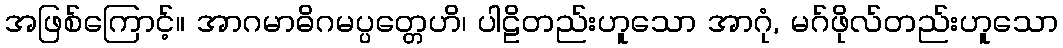
အဖြစ်ကြောင့်။ အာဂမာဓိဂမပ္ပတ္တေဟိ၊ ပါဠိတည်းဟူသော အာဂုံ, မဂ်ဖိုလ်တည်းဟူသော